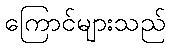
ကြောင်များသည်